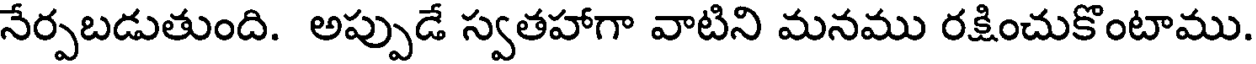
నేర్పబడుతుంది. అప్పుడే స్వతహాగా వాటిని మనము రక్షించుకొంటాము.